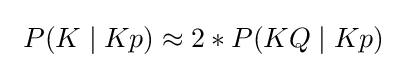
{\begin{aligned}\ P(K\mid Kp)\approx 2*P(KQ\mid Kp)\end{aligned}}